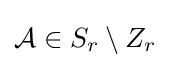
{\mathcal {A}}\in S_{r}\setminus Z_{r}